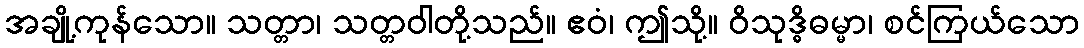
အချို့ကုန်သော။ သတ္တာ၊ သတ္တဝါတို့သည်။ ဧဝံ၊ ဤသို့။ ဝိသုဒ္ဓိဓမ္မာ၊ စင်ကြယ်သော